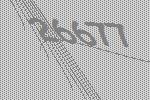
26677